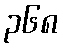
၃၆၈